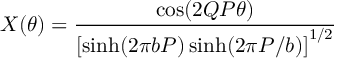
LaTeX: X ( \theta ) = \frac { \cos ( 2 Q P \theta ) } { \left[ \sinh ( 2 \pi b P ) \sinh ( 2 \pi P / b ) \right] ^ { 1 / 2 } }